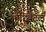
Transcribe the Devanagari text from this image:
आरियंटल